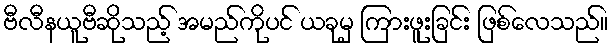
ဗီလီနယူဗီဆိုသည့် အမည်ကိုပင် ယခုမှ ကြားဖူးခြင်း ဖြစ်လေသည်။